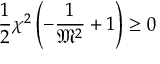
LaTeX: { \frac { 1 } { 2 } } \chi ^ { 2 } \left( - { \frac { 1 } { { \mathfrak { M } } ^ { 2 } } } + 1 \right) \geq 0